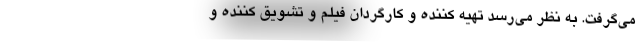
می‌گرفت. به نظر می‌رسد تهیه کننده و کارگردان فیلم و تشویق کننده و